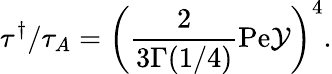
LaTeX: \tau^{\dagger}/\tau_{A}=\left(\frac{2}{3\Gamma(1/4)}\mathrm{Pe}\mathcal{Y}\right)^{4}.